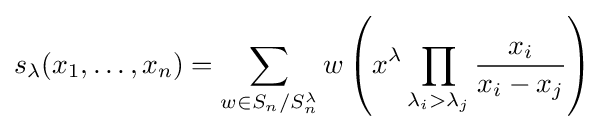
s_{\lambda }(x_{1},\dotsc ,x_{n})=\sum _{w\in S_{n}/S_{n}^{\lambda }}w\left(x^{\lambda }\prod _{\lambda _{i}>\lambda _{j}}{\frac {x_{i}}{x_{i}-x_{j}}}\right)